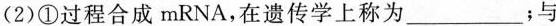
( 2 )①过程合成 mRNA，在遗传学上称为___；与